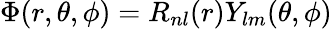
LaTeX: \Phi(r,\theta,\phi)=R_{nl}(r)Y_{lm}(\theta,\phi)